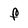
Character: F